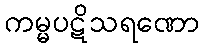
ကမ္မပဋိသရဏော